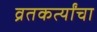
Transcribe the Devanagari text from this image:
व्रतकर्त्यांचा